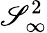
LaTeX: \mathscr{S}_{\infty}^{2}